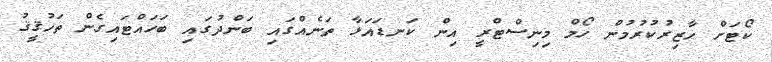
ކޯޓަށް ހާޒިރުކުރުމުން ހޯމް މިނިސްޓްރީ އިން ކަނޑައަޅާ ތަނެއްގައި ބަންދުގައި ބަހައްޓައިގެން ތަހުޤީޤު